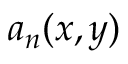
a _ { n } ( x , y )